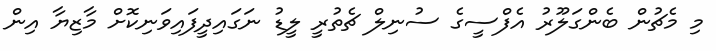
މި މެޗުން ބެންގަލޫރު އެފްސީގެ ސުނިލް ޗެތުރީ ލީޑު ނަގައިދީފައިވަނިކޮށް މާޒިޔާ އިން